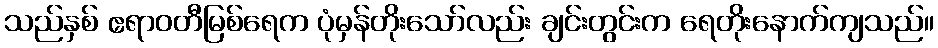
သည်နှစ် ဧရာဝတီမြစ်ရေက ပုံမှန်တိုးသော်လည်း ချင်းတွင်းက ရေတိုးနောက်ကျသည်။